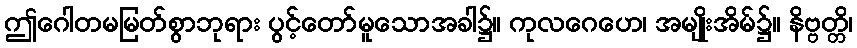
ဤဂေါတမမြတ်စွာဘုရား ပွင့်တော်မူသောအခါ၌။ ကုလဂေဟေ၊ အမျိုးအိမ်၌။ နိဗ္ဗတ္တိ၊